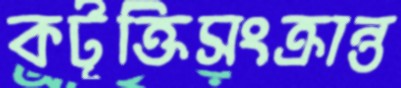
কটূক্তিসংক্রান্ত